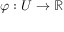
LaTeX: \varphi : U \rightarrow \mathbb { R }